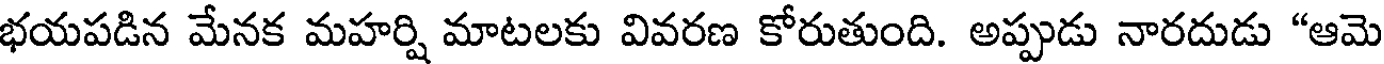
భయపడిన మేనక మహర్షి మాటలకు వివరణ కోరుతుంది. అప్పుడు నారదుడు "ఆమె